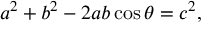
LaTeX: a ^ { 2 } + b ^ { 2 } - 2 a b \cos { \theta } = c ^ { 2 } ,